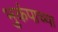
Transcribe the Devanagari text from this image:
भुकंपाच्या